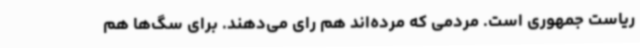
ریاست جمهوری است. مردمی که مرده‌اند هم رای می‌دهند. برای سگ‌ها هم